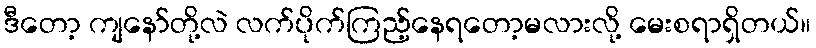
ဒီတော့ ကျနော်တို့လဲ လက်ပိုက်ကြည့်နေရတော့မလားလို့ မေးစရာရှိတယ်။